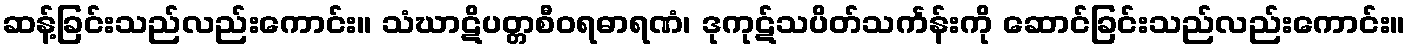
ဆန့်ခြင်းသည်လည်းကောင်း။ သံဃာဋိပတ္တစီဝရဓာရဏံ၊ ဒုကုဋ်သပိတ်သင်္ကန်းကို ဆောင်ခြင်းသည်လည်းကောင်း။